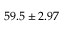
5 9 . 5 \pm 2 . 9 7